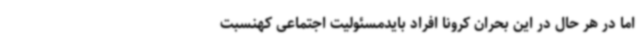
اما در هر حال در این بحران کرونا افراد بایدمسئولیت اجتماعی کهنسبت